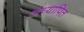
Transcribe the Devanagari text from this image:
अध्यापित